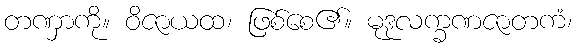
တဏှာကို။ ဝိဇာယထ၊ ဖြစ်စေ၏။ မုဒုလက္ခဏဇာတကံ၊